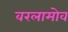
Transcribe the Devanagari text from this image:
वरलामोव